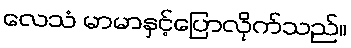
လေသံ မာမာနှင့်ပြောလိုက်သည်။